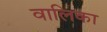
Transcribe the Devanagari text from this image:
वालिका